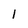
Character: l